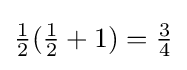
{\tfrac {1}{2}}({\tfrac {1}{2}}+1)={\tfrac {3}{4}}